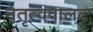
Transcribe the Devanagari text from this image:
नेतृत्वपालट